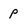
Character: p